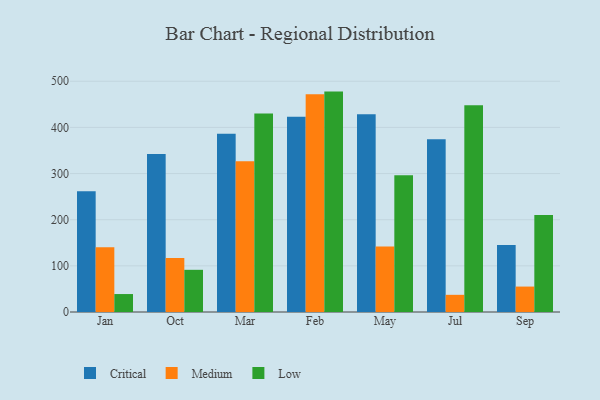
{"axis": {"x": "Month", "y": "Shipments"}, "legend": ["Critical", "Low", "Medium"], "data": [{"x": "Jan", "y": 261.4, "type": "Critical"}, {"x": "Jan", "y": 140.3, "type": "Medium"}, {"x": "Jan", "y": 38.9, "type": "Low"}, {"x": "Oct", "y": 342.3, "type": "Critical"}, {"x": "Oct", "y": 117.1, "type": "Medium"}, {"x": "Oct", "y": 91.4, "type": "Low"}, {"x": "Mar", "y": 386.0, "type": "Critical"}, {"x": "Mar", "y": 326.4, "type": "Medium"}, {"x": "Mar", "y": 429.9, "type": "Low"}, {"x": "Feb", "y": 423.0, "type": "Critical"}, {"x": "Feb", "y": 471.8, "type": "Medium"}, {"x": "Feb", "y": 477.6, "type": "Low"}, {"x": "May", "y": 428.7, "type": "Critical"}, {"x": "May", "y": 142.0, "type": "Medium"}, {"x": "May", "y": 296.4, "type": "Low"}, {"x": "Jul", "y": 374.6, "type": "Critical"}, {"x": "Jul", "y": 37.2, "type": "Medium"}, {"x": "Jul", "y": 447.9, "type": "Low"}, {"x": "Sep", "y": 145.0, "type": "Critical"}, {"x": "Sep", "y": 55.1, "type": "Medium"}, {"x": "Sep", "y": 210.1, "type": "Low"}]}